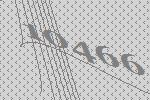
10466